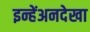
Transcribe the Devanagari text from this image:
इन्हेंअनदेखा